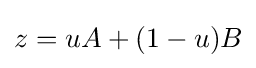
z=uA+(1-u)B